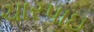
ચારપાઇ